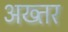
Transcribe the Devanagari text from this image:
अख्‍तर